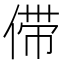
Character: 𰂗